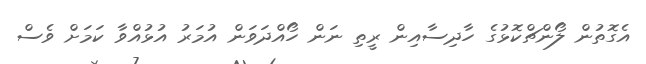
އެގޮތުން ލޯންޗްކޮޅުގެ ހާދިސާއިން ރީތި ނަން ހޯއްދަވަން އުމަރު އުޅުއްވާ ކަމަށް ވެސް